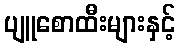
ပျူစောထီးများနှင့်